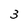
Character: 3